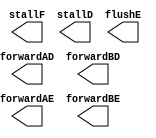
module forwarding_unit(output	    stallF, stallD,
		       output	    forwardAD, forwardBD,
		       output	    flushE,
		       output [1:0] forwardAE, forwardBE);

endmodule